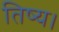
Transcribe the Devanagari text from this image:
तिष्य।